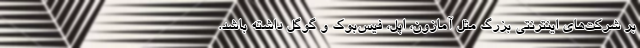
بر شرکت‌های اینترنتی بزرگ مثل آمازون، اپل، فیس‌بوک و گوگل داشته باشد.